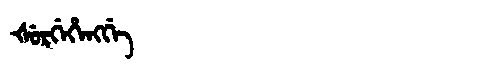
Manchu: ᡧᡠᡵᡤᡝᡥᡝᠩᡤᡝ
Romanization: ŠURGEHENGGE